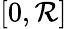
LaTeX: [0,\mathcal{R}]